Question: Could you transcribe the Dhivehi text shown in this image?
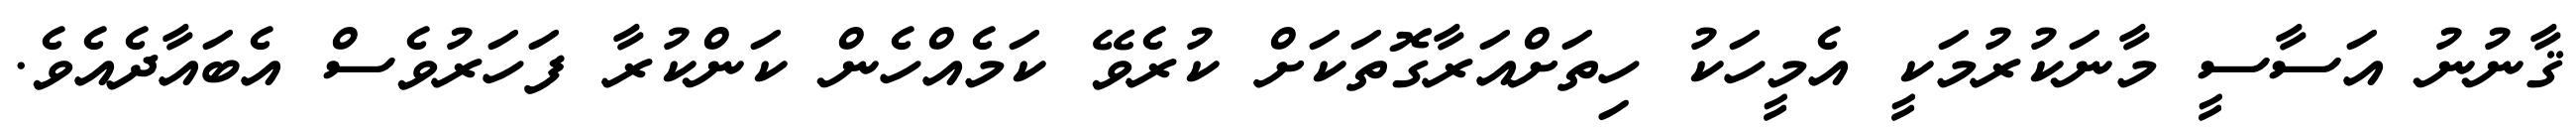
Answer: ޤާނުނު އަސާސީ މާނަކުރުމަކީ އެމީހަކު ހިތަށްއަރާގޮތަކަށް ކުރެވޭ ކަމެއްހެން ކަންކުރާ ފަހަރުވެސް އެބައާދެއެވެ.